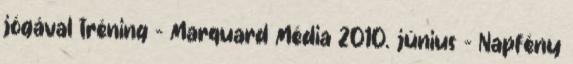
jógával tréning – Marquard Média 2010. június - Napfény